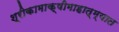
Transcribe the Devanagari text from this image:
श्रीकामाक्षीमाहात्म्यात